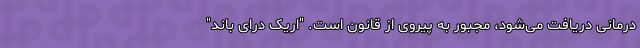
درمانی دریافت می‌شود، مجبور به پیروی از قانون است. "اریک درای باند"